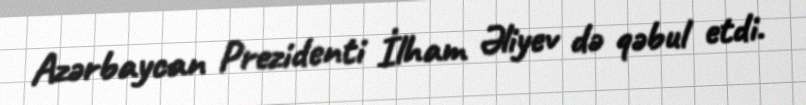
Azərbaycan Prezidenti İlham Əliyev də qəbul etdi.